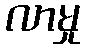
လာမှု